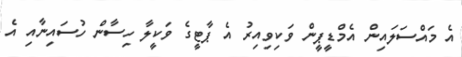
އެ މައްސަލައިން އެމްޑީޕީން ވަކިވިއިރު އެ ޕާޓީގެ ވަކީލާ ހިސާން ހުސައިނާއި އެ